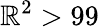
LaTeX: \mathbb{R}^{2}>99